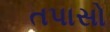
તપાસો